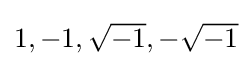
{\textstyle 1,-1,{\sqrt {-1}},-{\sqrt {-1}}}